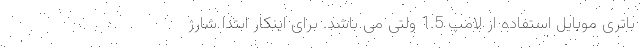
باتری موبایل استفاده از لامپ 1.5 ولتی می باشد. برای اینکار ابتدا شارژ